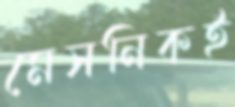
মেসনিকই